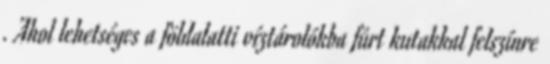
. Ahol lehetséges a földalatti víztárolókba fúrt kutakkal felszínre